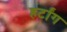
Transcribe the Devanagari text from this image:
हर्टांग